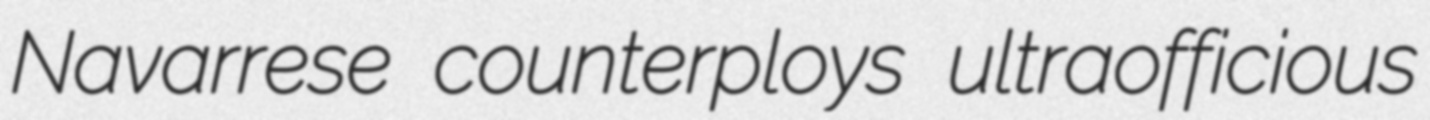
Navarrese counterploys ultraofficious